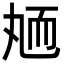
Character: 䎠